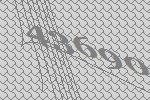
43690